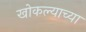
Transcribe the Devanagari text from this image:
खोकल्याच्या